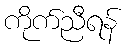
ကိုက်ညီရန်